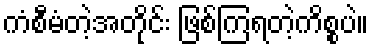
ကံစီမံတဲ့အတိုင်း ဖြစ်ကြရတဲ့ကိစ္စပဲ။